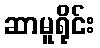
ဆာမူရိုင်း